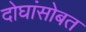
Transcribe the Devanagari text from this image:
दोघांसोबत